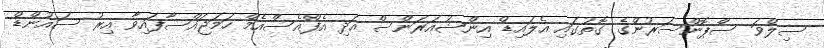
ސިލްވަ ސްޕޮންސަރުންގެ ގޮތުގައި އެލައިޑް އިންޝުއަރަންސް އަދި އެފްއެސްއެމް ހަމަޖައްސާފައިވާ އިރު ސައުންޑް